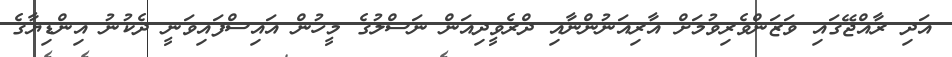
އަދި ރާއްޖޭގައި ވަޒަންވެރިވުމަށް އާރިއަނުންނާއި ދްރެވީދިއަން ނަސްލުގެ މީހުން އައިސްފައިވަނީ ދެކުނު އިންޑިޔާގެ